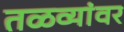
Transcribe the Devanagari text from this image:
तळव्यांवर